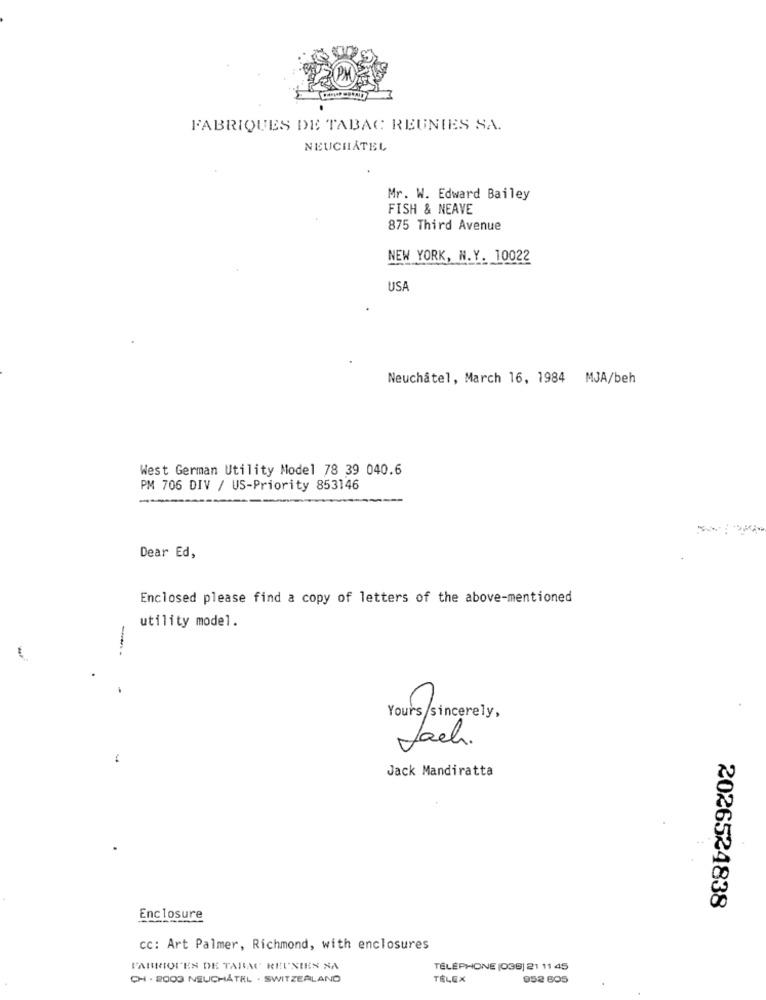
FABRIQUES DE TABAC REUNIES SA.
NEUCHÂTEL
Mr. W. Edward Bailey
FISH & NEAVE
875 Third Avenue
NEW YORK, N.Y. 10022
USA
Neuchâtel, March 16, 1984 MJA/beh
West German Utility Model 78 39 040.6
PM 706 DIV / US-Priority 853146
Dear Ed,
Enclosed please find a copy of letters of the above-mentioned
utility model.
--
Yours sincerely,
-
Jack Mandiratta
2026524838
Enclosure
cc: Art Palmer, Richmond, with enclosures
FABRIQUES DE TABAC REUNIES NA
TÉLÉPHONE (036) 21 11 45
CH - 2003 NEUCHATEL . SWITZERLAND
TÉLEX
952 605